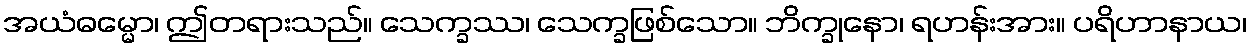
အယံဓမ္မော၊ ဤတရားသည်။ သေက္ခဿ၊ သေက္ခဖြစ်သော။ ဘိက္ခုနော၊ ရဟန်းအား။ ပရိဟာနာယ၊